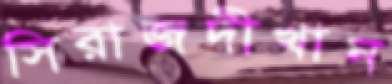
সিরাজদীখান